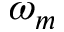
\omega _ { m }